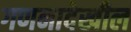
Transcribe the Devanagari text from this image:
गणनादेखील